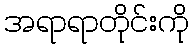
အရာရာတိုင်းကို